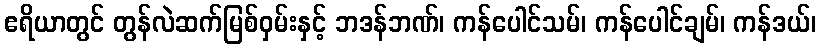
ဧရိယာတွင် တွန်လဲဆက်မြစ်ဝှမ်းနှင့် ဘဒန်ဘဏ်၊ ကန်ပေါင်သမ်၊ ကန်ပေါင်ချမ်၊ ကန်ဒယ်၊